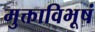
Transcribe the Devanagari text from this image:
मुक्ताविभूषं